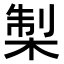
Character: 𭪨